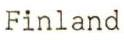
Finland